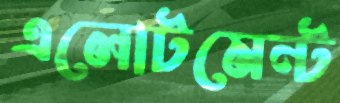
এলোটমেন্ট